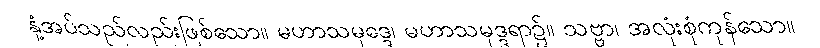
နှံ့အပ်သည်လည်းဖြစ်သော။ မဟာသမုဒ္ဒေ၊ မဟာသမုဒ္ဒရာ၌။ သဗ္ဗာ၊ အလုံးစုံကုန်သော။